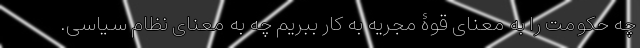
چه حکومت را به معنای قوۀ مجریه به کار ببریم چه به معنای نظام سیاسی.